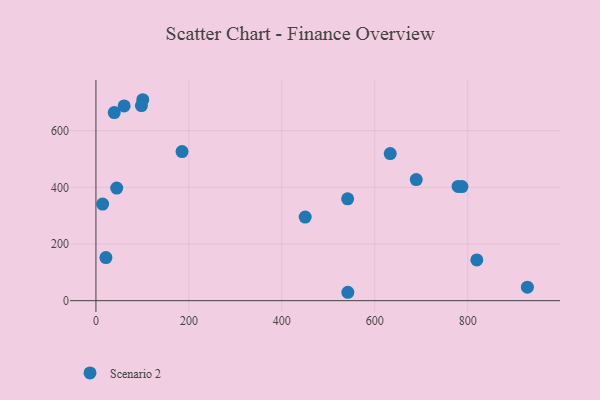
{"axis": {"x": "Study Hours", "y": "Demand"}, "legend": ["Scenario 2"], "data": [{"x": "928.3", "y": 47.6, "type": "Scenario 2"}, {"x": "819.5", "y": 143.8, "type": "Scenario 2"}, {"x": "100.8", "y": 709.2, "type": "Scenario 2"}, {"x": "689.2", "y": 427.2, "type": "Scenario 2"}, {"x": "21.5", "y": 151.9, "type": "Scenario 2"}, {"x": "60.7", "y": 687.4, "type": "Scenario 2"}, {"x": "44.7", "y": 397.2, "type": "Scenario 2"}, {"x": "450.2", "y": 295.0, "type": "Scenario 2"}, {"x": "787.5", "y": 402.7, "type": "Scenario 2"}, {"x": "185.3", "y": 526.3, "type": "Scenario 2"}, {"x": "542.0", "y": 29.6, "type": "Scenario 2"}, {"x": "633.2", "y": 519.0, "type": "Scenario 2"}, {"x": "39.4", "y": 663.8, "type": "Scenario 2"}, {"x": "779.2", "y": 403.1, "type": "Scenario 2"}, {"x": "97.9", "y": 688.5, "type": "Scenario 2"}, {"x": "541.6", "y": 359.4, "type": "Scenario 2"}, {"x": "14.4", "y": 341.0, "type": "Scenario 2"}]}